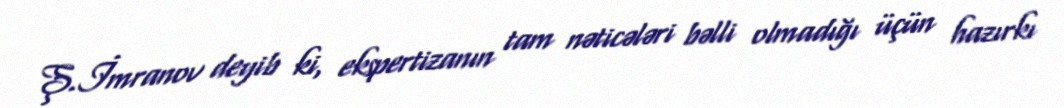
Ş.İmranov deyib ki, ekspertizanın tam nəticələri bəlli olmadığı üçün hazırkı